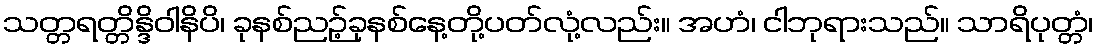
သတ္တရတ္တိန္ဒိဝါနိပိ၊ ခုနစ်ညဉ့်ခုနစ်နေ့တို့ပတ်လုံ့လည်း။ အဟံ၊ ငါဘုရားသည်။ သာရိပုတ္တံ၊